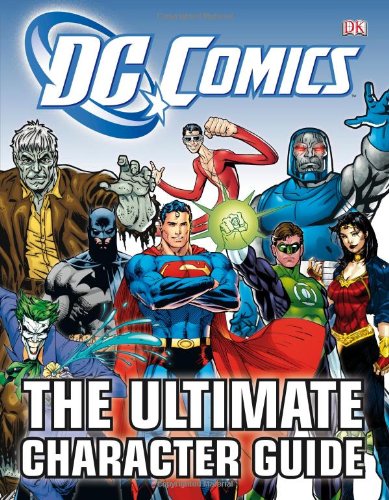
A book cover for DC Comics Ultimate Character Guide; Brandon T. Snider; Comics & Graphic Novels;